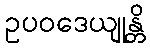
ဥပဝဒေယျုန္တိ